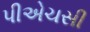
પીએચસી